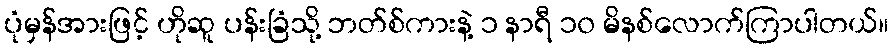
ပုံမှန်အားဖြင့် ဟိုဆူ ပန်းခြံသို့ ဘတ်စ်ကားနဲ့ ၁ နာရီ ၁၀ မိနစ်လောက်ကြာပါတယ်။